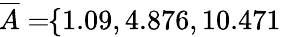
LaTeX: \! \! \! \! \! \! \! \; \; \; \; \overline{{A}}=\! \! \{ 1.09,4.876,10.471\} \! \! \!